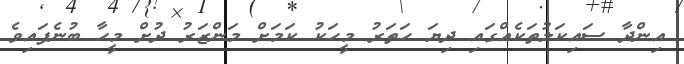
އިންދާ ސައިކަލުތަކެއްގައި ދިޔަ ހަތަރު މީހަކު ކަމަށް މަންޒަރު ދުށް މީހާ ބުނެފައިވެ